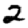
Digit: 2